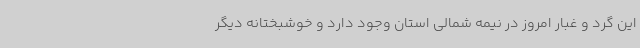
این گرد و غبار امروز در نیمه شمالی استان وجود دارد و خوشبختانه دیگر